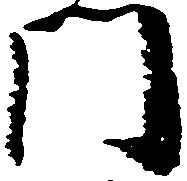
門